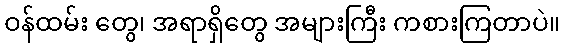
ဝန်ထမ်း တွေ၊ အရာရှိတွေ အများကြီး ကစားကြတာပဲ။